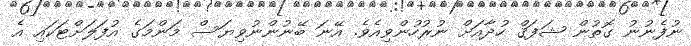
ނުފެނުނު ގޮތުން ޝަފަޤް ހުދާއަށް ނުރުހުންވިއެވެ. އޭނަ ބޭނުންނުވިޔަސް މަންމަގެ އުފަލަށްޓަކައި އެ